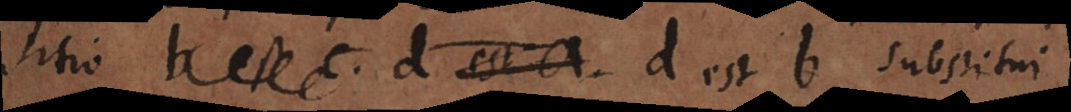
sitio b et c. d est a. d est b substitui